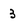
Character: 3